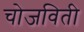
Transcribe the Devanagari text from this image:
चोजविती